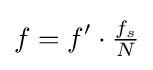
f=f'\cdot {\tfrac {f_{s}}{N}}